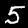
Label: 5